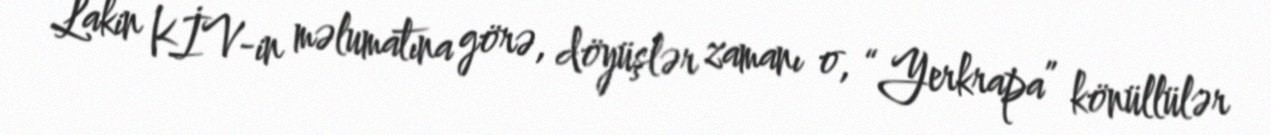
Lakin KİV-in məlumatına görə, döyüşlər zamanı o, “Yerkrapa” könüllülər